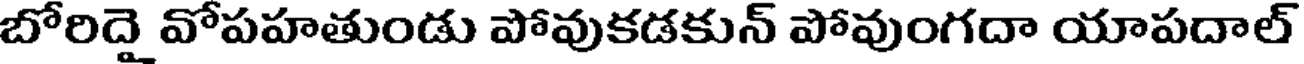
బోరిదై వోపహతుండు పోవుకడకున్ పోవుంగదా యాపదాల్